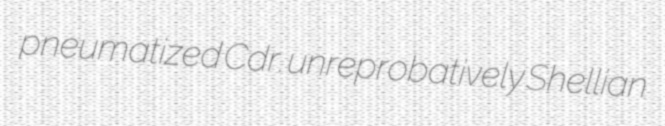
pneumatized Cdr. unreprobatively Shellian